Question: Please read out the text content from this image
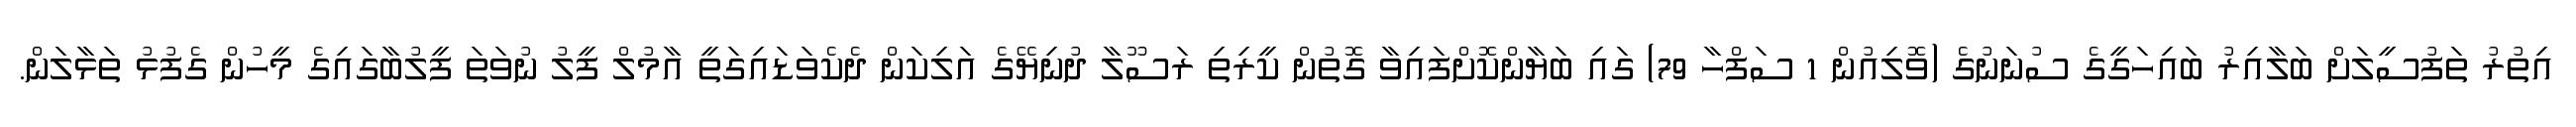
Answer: އިތުރު ތަފުސީލަށް ބަލާއިރު ބައިހަގީގެ ސުނަނުގެ (ވޮލިއުން 1 ސަފްހާ 79) ގައި ބަޔާންކޮށްފައިވާ ގޮތުން ކީރިތި ރަސޫލާ ދުނިޔޭގެ އަލިކަން ދެކެވަޑައިގަތީ އާމުލް ފީލު ނުވަތަ ފީލުބާގައިގެ މީހުން ގެފުޅު ތަޅާލަން.